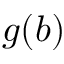
g ( b )